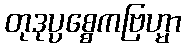
တုဒုပ္ပစ္စေကဗြဟ္မာ